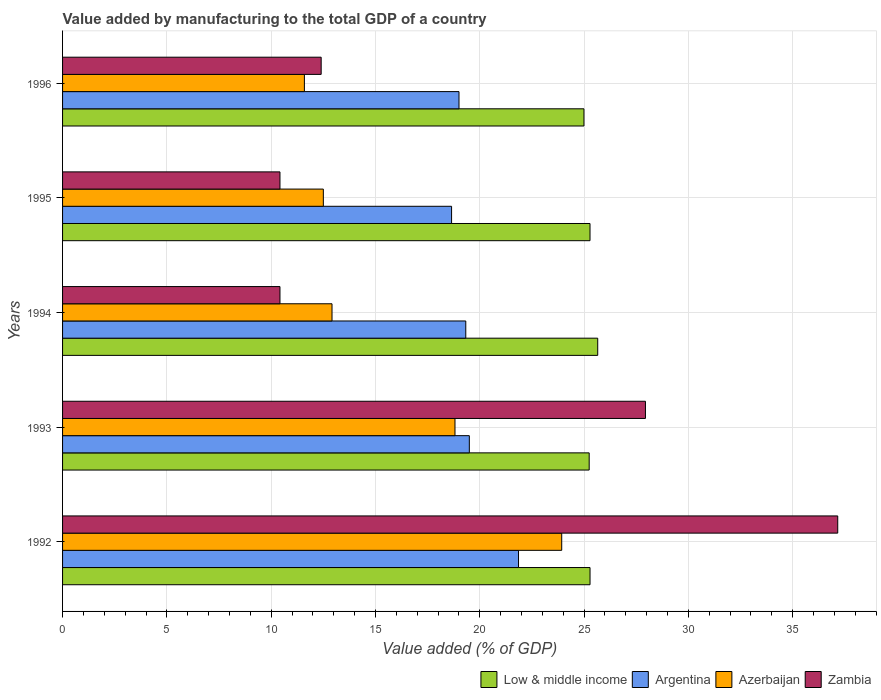
| Years | Low & middle income | Argentina | Azerbaijan | Zambia |
 | --- | --- | --- | --- | --- |
 | 1992 | 25.3 | 21.9 | 23.9 | 37.2 |
 | 1993 | 25.2 | 19.5 | 18.8 | 27.9 |
 | 1994 | 25.7 | 19.3 | 12.9 | 10.4 |
 | 1995 | 25.3 | 18.7 | 12.5 | 10.4 |
 | 1996 | 25 | 19 | 11.6 | 12.4 |